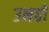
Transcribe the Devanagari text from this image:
उनहों